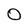
Character: O